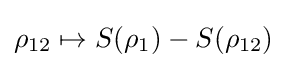
\rho _{12}\mapsto S(\rho _{1})-S(\rho _{12})